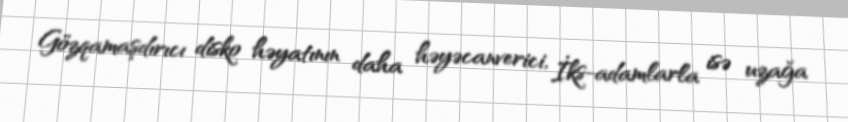
Gözqamaşdırıcı disko həyatının daha həyəcanverici, İks-adamlarla isə uzağa